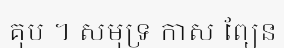
គុប ។ សមុទ្រ កាស ព្យែន